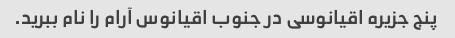
پنج جزیره اقیانوسی در جنوب اقیانوس آرام را نام ببرید.